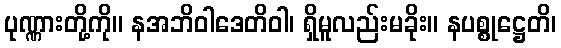
ပုဏ္ဏားတို့ကို။ နအဘိဝါဒေတိဝါ၊ ရှိမူလည်းမခိုး။ နပစ္စုဋ္ဌေတိ၊